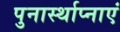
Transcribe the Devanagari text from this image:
पुनार्स्थाप्नाएं